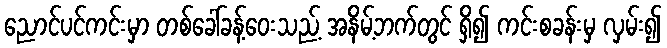
ညောင်ပင်ကင်းမှာ တစ်ခေါ်ခန့်ဝေးသည့် အနိမ့်ဘက်တွင် ရှိ၍ ကင်းစခန်းမှ လှမ်း၍